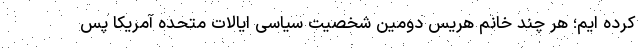
کرده ایم؛ هر چند خانم هریس دومین شخصیت سیاسی ایالات متحده آمریکا پس